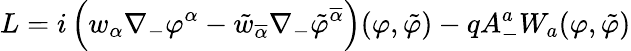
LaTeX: L=i\left(w_{\alpha}\nabla_{-}\varphi^{\alpha}-\tilde{w}_{\overline{{{\alpha}}}}\nabla_{-}\tilde{\varphi}^{\overline{{{\alpha}}}}\right)(\varphi,\tilde{\varphi})-qA_{-}^{a}{W}_{a}(\varphi,\tilde{\varphi})